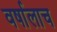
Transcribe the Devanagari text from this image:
वर्षालाच